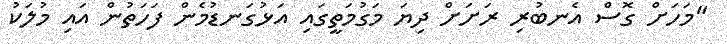
"މަހަށް ގޮސް އެނބުރި ރަށަށް ދިޔަ މަގުމަތީގައި އަޅުގަނޑުމެން ފަހަތުން އައި މުލަކު